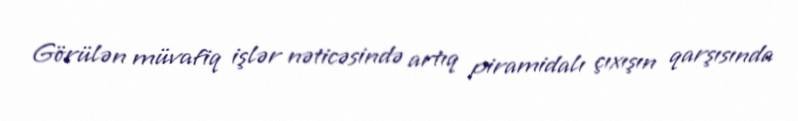
Görülən müvafiq işlər nəticəsində artıq piramidalı çıxışın qarşısında